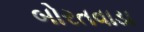
બોરતવાડા